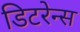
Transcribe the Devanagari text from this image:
डिटरेन्स